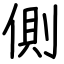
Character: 側